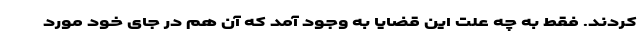
کردند. فقط به چه علت این قضایا به وجود آمد که آن هم در جای خود مورد